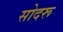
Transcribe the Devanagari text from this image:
सोदरू